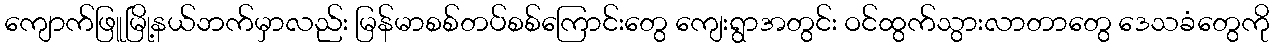
ကျောက်ဖြူမြို့နယ်ဘက်မှာလည်း မြန်မာစစ်တပ်စစ်ကြောင်းတွေ ကျေးရွာအတွင်း ဝင်ထွက်သွားလာတာတွေ ဒေသခံတွေကို